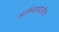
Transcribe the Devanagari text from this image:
आर्कडायोसीज़